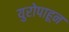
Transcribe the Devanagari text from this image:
युरोपाहून